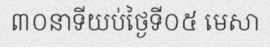
៣០នាទីយប់ថ្ងៃទី០៥ មេសា